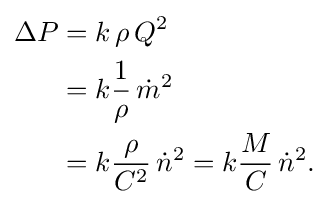
{\begin{aligned}\Delta P&=k\,\rho \,Q^{2}\\&=k{\frac {1}{\rho }}\,{\dot {m}}^{2}\\&=k{\frac {\rho }{C^{2}}}\,{\dot {n}}^{2}=k{\frac {M}{C}}\,{\dot {n}}^{2}.\end{aligned}}